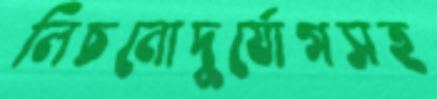
লিচনোদুর্যোগসহ